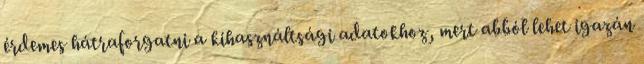
érdemes hátraforgatni a kihasználtsági adatokhoz, mert abból lehet igazán